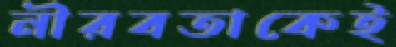
নীরবতাকেই